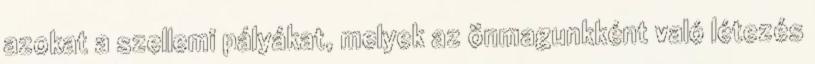
azokat a szellemi pályákat, melyek az önmagunkként való létezés